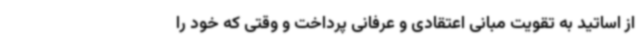
از اساتید به تقویت مبانی اعتقادی و عرفانی پرداخت و وقتی که خود را